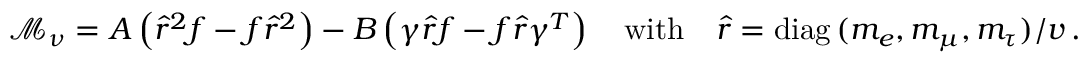
\mathcal { M } _ { \nu } = A \left( \hat { r } ^ { 2 } f - f \hat { r } ^ { 2 } \right) - B \left( \gamma \hat { r } f - f \hat { r } \gamma ^ { T } \right) \quad \mathrm { w i t h } \quad \hat { r } = \mathrm { d i a g } \, ( m _ { e } , m _ { \mu } , m _ { \tau } ) / v \, .